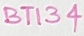
Text: BT134